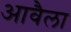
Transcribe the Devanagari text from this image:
आवैला